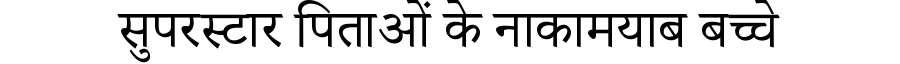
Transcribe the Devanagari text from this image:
सुपरस्टार पिताओं के नाकामयाब बच्चे